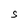
Character: S